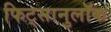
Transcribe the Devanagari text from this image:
फिट्सानुलॉक